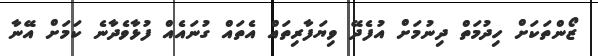
ޒޯންތަކަށް ހިދުމަތް ދިނުމަށް އުފެދޭ ވިޔަފާރިތައް އެތައް ގުނައެއް ފުޅާވެދާނެ ކަމަށް އޭނާ